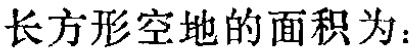
长方形空地的面积为：